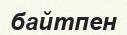
байтпен